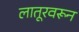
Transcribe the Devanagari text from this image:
लातूरवरून